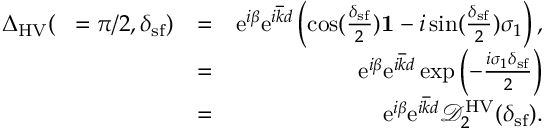
\begin{array} { r l r } { { \Delta } _ { \mathrm { H V } } ( { \it \Delta \phi } = \pi / 2 , \delta _ { \mathrm { s f } } ) } & { = } & { \mathrm { e } ^ { i \beta } \mathrm { e } ^ { i \overline { { k } } d } \left( \cos ( \frac { \delta _ { \mathrm { s f } } } { 2 } ) { \bf 1 } - i \sin ( \frac { \delta _ { \mathrm { s f } } } { 2 } ) \sigma _ { 1 } \right) , } \\ & { = } & { \mathrm { e } ^ { i \beta } \mathrm { e } ^ { i \overline { { k } } d } \exp \left( - \frac { i \sigma _ { 1 } { \delta _ { \mathrm { s f } } } } { 2 } \right) } \\ & { = } & { \mathrm { e } ^ { i \beta } \mathrm { e } ^ { i \overline { { k } } d } \mathcal { D } _ { 2 } ^ { \mathrm { H V } } ( \delta _ { \mathrm { s f } } ) . } \end{array}